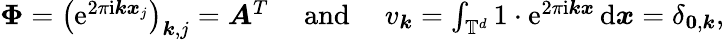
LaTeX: \begin{array}{r}{\boldsymbol\Phi=\left(\mathrm e^{2\pi\mathrm i\boldsymbol k\boldsymbol x_{j}}\right)_{\boldsymbol k,j}=\boldsymbol A^{T}\quad\mathrm{~and~}\quad v_{\boldsymbol k}=\int_{\mathbb T^{d}}1\cdot\mathrm e^{2\pi\mathrm i\boldsymbol k\boldsymbol x}\, \mathrm d\boldsymbol x=\delta_{\boldsymbol 0,\boldsymbol k},}\end{array}